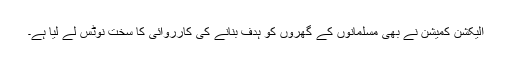
الیکشن کمیشن نے بھی مسلمانوں کے گھروں کو ہدف بنانے کی کارروائی کا سخت نوٹس لے لیا ہے۔